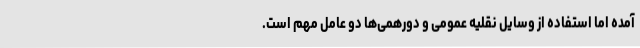
آمده اما استفاده از وسایل نقلیه عمومی و دورهمی‌ها دو عامل مهم است.